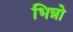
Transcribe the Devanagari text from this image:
भिन्नो